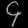
Digit: ၄